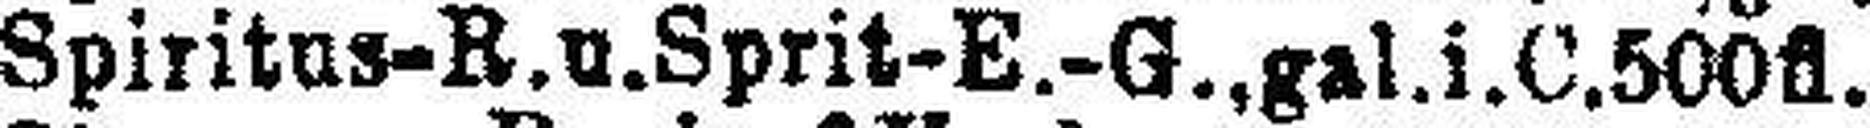
Spiritus-R. u. Sprit-E.-G.,gal.i.C.500fl.